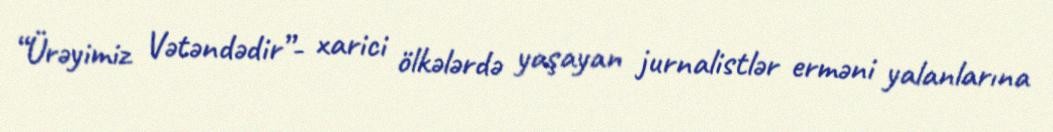
“Ürəyimiz Vətəndədir”- xarici ölkələrdə yaşayan jurnalistlər erməni yalanlarına